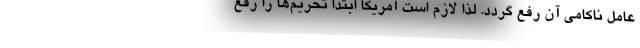
عامل ناکامی آن رفع گردد. لذا لازم است آمریکا ابتدا تحریم‌ها را رفع